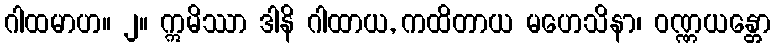
ဂါထမာဟ။ ၂။ ဣမိဿာ ဒါနိ ဂါထာယ, ကထိတာယ မဟေသိနာ၊ ဝဏ္ဏယန္တော